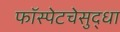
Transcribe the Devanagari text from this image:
फॉस्पेटचेसुद्धा